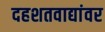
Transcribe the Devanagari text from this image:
दहशतवाद्यांवर